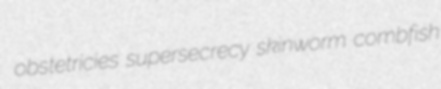
obstetricies supersecrecy skinworm combfish